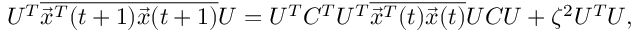
\begin{array} { r } { U ^ { T } \overline { { \vec { x } ^ { T } ( t + 1 ) \vec { x } ( t + 1 ) } } U = U ^ { T } C ^ { T } U ^ { T } \overline { { \vec { x } ^ { T } ( t ) \vec { x } ( t ) } } U C U + \zeta ^ { 2 } U ^ { T } U , } \end{array}